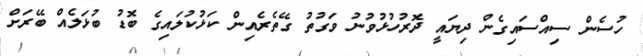
ހުސެން ސިއްސައިގެން ދިޔައީ ދޮރުހުޅުވުނު ވަގުތު ގޭތެރެއިން ކަޅުކުލައިގެ ބޮޑު ބުޅަލެއް ބޭރަށް